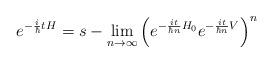
LaTeX: \begin{align*}e^{-\frac{i}{\hbar}tH}=s-\lim_{n\to\infty} \Big(e^{-\frac{it}{\hbar n}H_0} e^{-\frac{it}{\hbar n}V}\Big)^n \end{align*}